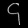
Digit: ၄